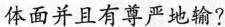
体面并且有尊严地输?